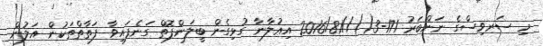
މި ސަރވިސްގެ ނަންބަރު 171-3()//2016/81 އިޢުލާނާ ގުޅިގެން ބީލަންފޮތް ގަނެފައިވާ ފަތާތްތަކުން އަލުން